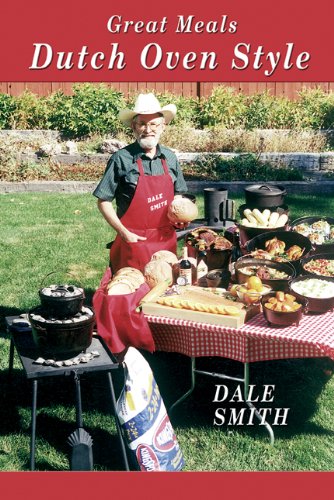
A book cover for Great Meals Dutch Oven Style; Dale Smith; Cookbooks, Food & Wine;